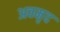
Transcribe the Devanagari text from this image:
अवमृद